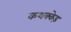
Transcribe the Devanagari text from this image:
कथक्केड़